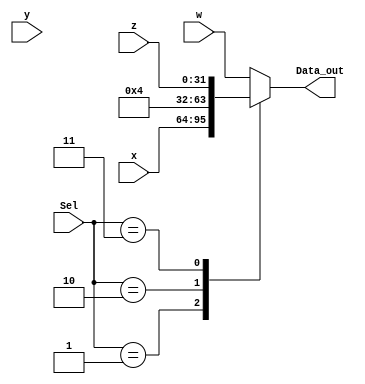
module MUX_4to1
#(
	parameter WIDTH = 32
	
)
(
	/*input [WIDTH-1:0] w, x, y, z,
   input [1:0] Sel,
   output [WIDTH-1:0] Data_out*/
	
	input [WIDTH-1:0] w, x, y, z,
   input [1:0] Sel,
	
   output reg [WIDTH-1:0] Data_out
);

reg [WIDTH-1:0] value = 32'b0000_0000_0000_0000_0000_0000_0000_0100;

	localparam S0 = 2'b00;
   localparam S1 = 2'b01;
   localparam S2 = 2'b10;
   localparam S3 = 2'b11;

   always @ (*)
   begin
      case(Sel)
			default:
				Data_out = w;
         S1: begin
            Data_out = x;
         end
         S2: begin
            Data_out = value;
         end
         S3: begin
            Data_out = z;
         end
			endcase
   end
endmodule






/*reg [WIDTH-1:0] d_out;
always @(*)
begin
	case (Sel)
	0: begin
	   d_out = w;
	end
	
	1: begin
	   d_out = x;
	end
	2: begin
	   d_out = y;
	end
	3: begin
	   d_out = z;
	end	
endcase
end
	assign Data_out = d_out;*/